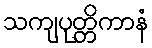
သကျပုတ္တိကာနံ